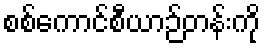
စစ်ကောင်စီယာဉ်တန်းကို